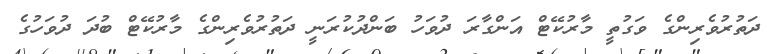
ދަތުރުވެރިންގެ ވަގުތީ މާރުކޭޓް އަންގާރަ ދުވަހު ބަންދުކުރަނީ ދަތުރުވެރިންގެ މާރުކޭޓް ބުދަ ދުވަހުގެ